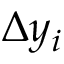
\Delta { y } _ { i }